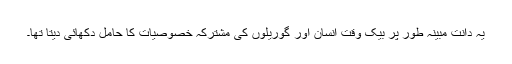
یہ دانت مبینہ طور پر بیک وقت انسان اور گوریلوں کی مشترکہ خصوصیات کا حامل دکھائی دیتا تھا۔